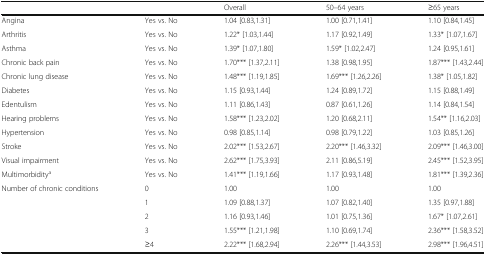
<table><thead><tr><td></td><td></td><td><b>Overall</b></td><td><b>50–64 years</b></td><td><b>≥65 years</b></td></tr></thead><tbody><tr><td>Angina</td><td>Yes vs. No</td><td>1.04 [0.83,1.31]</td><td>1.00 [0.71,1.41]</td><td>1.10 [0.84,1.45]</td></tr><tr><td>Arthritis</td><td>Yes vs. No</td><td>1.22* [1.03,1.44]</td><td>1.17 [0.92,1.49]</td><td>1.33* [1.07,1.67]</td></tr><tr><td>Asthma</td><td>Yes vs. No</td><td>1.39* [1.07,1.80]</td><td>1.59* [1.02,2.47]</td><td>1.24 [0.95,1.61]</td></tr><tr><td>Chronic back pain</td><td>Yes vs. No</td><td>1.70*** [1.37,2.11]</td><td>1.38 [0.98,1.95]</td><td>1.87*** [1.43,2.44]</td></tr><tr><td>Chronic lung disease</td><td>Yes vs. No</td><td>1.48*** [1.19,1.85]</td><td>1.69*** [1.26,2.26]</td><td>1.38* [1.05,1.82]</td></tr><tr><td>Diabetes</td><td>Yes vs. No</td><td>1.15 [0.93,1.44]</td><td>1.24 [0.89,1.72]</td><td>1.15 [0.88,1.49]</td></tr><tr><td>Edentulism</td><td>Yes vs. No</td><td>1.11 [0.86,1.43]</td><td>0.87 [0.61,1.26]</td><td>1.14 [0.84,1.54]</td></tr><tr><td>Hearing problems</td><td>Yes vs. No</td><td>1.58*** [1.23,2.02]</td><td>1.20 [0.68,2.11]</td><td>1.54** [1.16,2.03]</td></tr><tr><td>Hypertension</td><td>Yes vs. No</td><td>0.98 [0.85,1.14]</td><td>0.98 [0.79,1.22]</td><td>1.03 [0.85,1.26]</td></tr><tr><td>Stroke</td><td>Yes vs. No</td><td>2.02*** [1.53,2.67]</td><td>2.20*** [1.46,3.32]</td><td>2.09*** [1.46,3.00]</td></tr><tr><td>Visual impairment</td><td>Yes vs. No</td><td>2.62*** [1.75,3.93]</td><td>2.11 [0.86,5.19]</td><td>2.45*** [1.52,3.95]</td></tr><tr><td>Multimorbidity<sup>a</sup></td><td>Yes vs. No</td><td>1.41*** [1.19,1.66]</td><td>1.17 [0.93,1.48]</td><td>1.81*** [1.39,2.36]</td></tr><tr><td rowspan="5">Number of chronic conditions</td><td>0</td><td>1.00</td><td>1.00</td><td>1.00</td></tr><tr><td>1</td><td>1.09 [0.88,1.37]</td><td>1.07 [0.82,1.40]</td><td>1.35 [0.97,1.88]</td></tr><tr><td>2</td><td>1.16 [0.93,1.46]</td><td>1.01 [0.75,1.36]</td><td>1.67* [1.07,2.61]</td></tr><tr><td>3</td><td>1.55*** [1.21,1.98]</td><td>1.10 [0.69,1.74]</td><td>2.36*** [1.58,3.52]</td></tr><tr><td>≥4</td><td>2.22*** [1.68,2.94]</td><td>2.26*** [1.44,3.53]</td><td>2.98*** [1.96,4.51]</td></tr></tbody></table>